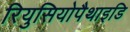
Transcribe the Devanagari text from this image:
रियुसियोपैथाइडि